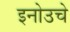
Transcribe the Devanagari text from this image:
इनोउचे